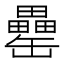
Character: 罍